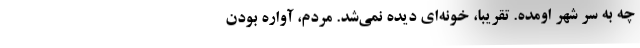
چه به سر شهر اومده. تقريبا، خونه‌اي ديده نمي‌شد. مردم، آواره بودن